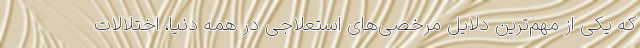
که یکی از مهم‌ترین دلایل مرخصی‌های استعلاجی در همه دنیا، اختلالات